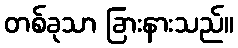
တစ်ခုသာ ခြားနားသည်။